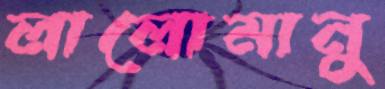
লালোমানু